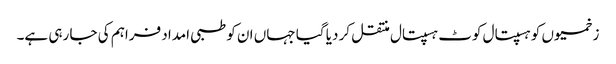
زخمیوں کو ہسپتال کوٹ ہسپتال منتقل کر دیا گیا جہاں ان کو طبی امداد فراہم کی جا رہی ہے۔